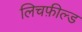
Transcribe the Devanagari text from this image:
लिचफ़ील्ड